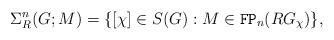
LaTeX: \begin{align*}\Sigma^n_R(G;M) = \{ [\chi] \in S(G) : M \in \mathtt{FP}_n(RG_\chi) \},\end{align*}